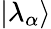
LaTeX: |\lambda_{\alpha}\rangle